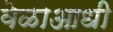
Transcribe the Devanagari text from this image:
वेळाआधी